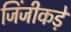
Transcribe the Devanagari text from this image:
जिंजीकड़े